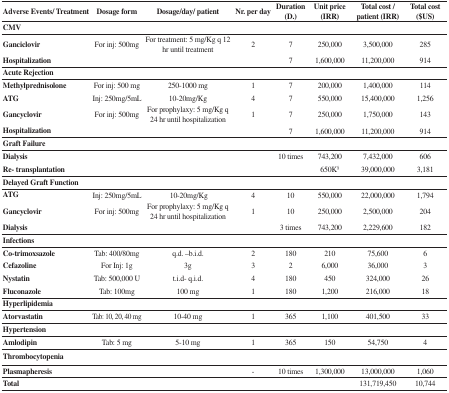
<table><thead><tr><td><b> Adverse Events/ Treatment</b></td><td><b>Dosage form</b></td><td><b>Dosage/day/ patient</b></td><td><b>Nr. per day</b></td><td><b>Duration (D.)</b></td><td><b>Unit price (IRR)</b></td><td><b>Total cost /patient (IRR)</b></td><td><b>Total cost ($US)</b></td></tr></thead><tbody><tr><td><b>CMV</b></td><td></td><td></td><td></td><td></td><td></td><td></td><td> </td></tr><tr><td><b>Ganciclovir</b></td><td>For inj: 500mg</td><td>For treatment: 5 mg/Kg q 12 hr until treatment</td><td>2</td><td>7</td><td>250,000</td><td>3,500,000</td><td>285</td></tr><tr><td><b>Hospitalization</b></td><td> </td><td> </td><td> </td><td>7</td><td>1,600,000</td><td>11,200,000</td><td>914</td></tr><tr><td><b>Acute Rejection</b></td><td> </td><td> </td><td> </td><td> </td><td> </td><td> </td><td> </td></tr><tr><td><b>Methylprednisolone</b></td><td>For inj: 500 mg</td><td>250-1000 mg</td><td>1</td><td>7</td><td>200,000</td><td>1,400,000</td><td>114</td></tr><tr><td><b>ATG</b></td><td>Inj: 250mg/5mL </td><td>10-20mg/Kg</td><td>4</td><td>7</td><td>550,000</td><td>15,400,000</td><td>1,256</td></tr><tr><td><b>Gancyclovir</b></td><td>For inj: 500mg </td><td>For prophylaxy: 5 mg/Kg q 24 hr until hospitalization</td><td>1</td><td>7</td><td>250,000</td><td>1,750,000</td><td>143</td></tr><tr><td><b>Hospitalization</b></td><td> </td><td> </td><td> </td><td>7</td><td>1,600,000</td><td>11,200,000</td><td>914</td></tr><tr><td><b>Graft Failure</b></td><td> </td><td> </td><td> </td><td> </td><td> </td><td> </td><td> </td></tr><tr><td><b>Dialysis</b></td><td> </td><td> </td><td> </td><td>10 times</td><td>743,200</td><td>7,432,000</td><td>606</td></tr><tr><td><b>Re- transplantation</b></td><td> </td><td> </td><td> </td><td> </td><td>650K<sup>§</sup></td><td>39,000,000</td><td>3,181</td></tr><tr><td colspan="2"><b>Delayed Graft Function</b></td><td> </td><td> </td><td> </td><td> </td><td> </td><td> </td></tr><tr><td><b>ATG</b></td><td>Inj: 250mg/5mL </td><td> 10-20mg/Kg</td><td>4</td><td>10</td><td>550,000</td><td>22,000,000</td><td>1,794</td></tr><tr><td><b>Gancyclovir</b></td><td>For inj: 500mg </td><td>For prophylaxy: 5 mg/Kg q 24 hr until hospitalization</td><td>1</td><td>10</td><td>250,000</td><td>2,500,000</td><td>204</td></tr><tr><td><b>Dialysis</b></td><td></td><td> </td><td> </td><td>3 times</td><td>743,200</td><td>2,229,600</td><td>182</td></tr><tr><td><b>Infections</b></td><td> </td><td> </td><td> </td><td> </td><td> </td><td> </td><td> </td></tr><tr><td><b>Co-trimoxsazole</b></td><td>Tab: 400/80mg</td><td>q.d. –b.i.d.</td><td>2</td><td>180</td><td>210</td><td>75,600</td><td>6</td></tr><tr><td><b>Cefazoline</b></td><td>For Inj: 1g </td><td>3g</td><td>3</td><td>2</td><td>6,000</td><td>36,000</td><td>3</td></tr><tr><td><b>Nystatin</b></td><td>Tab: 500,000 U</td><td>t.i.d- q.i.d.</td><td>4</td><td>180</td><td>450</td><td>324,000</td><td>26</td></tr><tr><td><b>Fluconazole</b></td><td>Tab: 100mg</td><td>100 mg</td><td>1</td><td>180</td><td>1,200</td><td>216,000</td><td>18</td></tr><tr><td><b>Hyperlipidemia</b></td><td> </td><td> </td><td> </td><td> </td><td> </td><td> </td><td> </td></tr><tr><td><b>Atorvastatin</b></td><td>Tab: 10, 20, 40 mg</td><td>10-40 mg </td><td>1</td><td>365</td><td>1,100</td><td>401,500</td><td>33</td></tr><tr><td><b>Hypertension</b></td><td> </td><td> </td><td> </td><td> </td><td> </td><td> </td><td> </td></tr><tr><td><b>Amlodipin</b></td><td>Tab: 5 mg</td><td>5-10 mg </td><td>1</td><td>365</td><td>150</td><td>54,750</td><td>4</td></tr><tr><td><b>Thrombocytopenia</b></td><td></td><td colspan="6"></td></tr><tr><td><b>Plasmapheresis</b></td><td> </td><td> </td><td>-</td><td>10 times</td><td>1,300,000</td><td>13,000,000</td><td>1,060</td></tr><tr><td><b>Total</b></td><td> </td><td> </td><td> </td><td> </td><td> </td><td>131,719,450</td><td>10,744</td></tr></tbody></table>